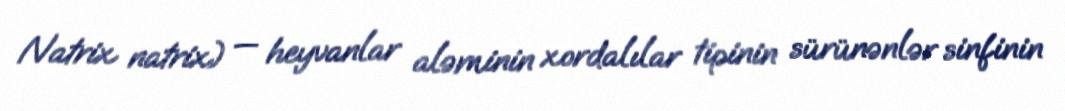
Natrix natrix) — heyvanlar aləminin xordalılar tipinin sürünənlər sinfinin